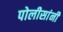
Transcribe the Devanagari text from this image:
पोलीसांनी